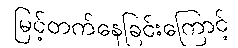
မြင့်တက်နေခြင်းကြောင့်